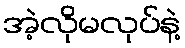
အဲ့လိုမလုပ်နဲ့